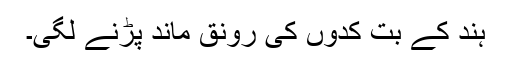
ہند کے بُت کدوں کی رونق ماند پڑنے لگی۔